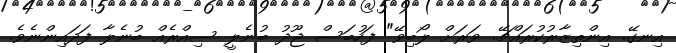
އިނގޭ. އިންތިޒާރުކުރައްޗޭ. ވަރަށް ލޯބިވޭ" ފަހުބަސް ޖޫދު ބުނެލީ ސިއްރެއް ބުނެލާ ފަދައިންނެވެ.